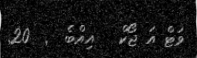
ވަޓް އަ ޖޯކް   އިއްބެ